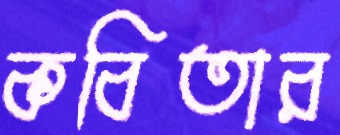
কবিতার